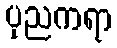
ပုညကရာ